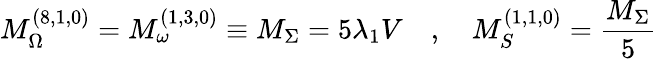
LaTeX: M_{\Omega}^{(8,1,0)}=M_{\omega}^{(1,3,0)}\equiv M_{\Sigma}=5\lambda_{1}V\quad,\quad M_{S}^{(1,1,0)}=\frac{M_{\Sigma}}{5}